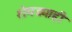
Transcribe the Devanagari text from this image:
शेगड्याही